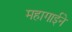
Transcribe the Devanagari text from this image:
महागाईने